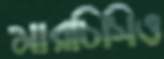
মারচিসিও